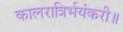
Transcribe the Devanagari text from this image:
कालरात्रिर्भयंकरी॥